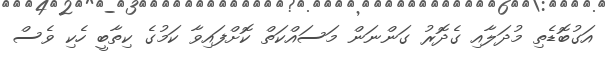
އަގުބޮޑެތި މުދަލާއި ގެދޮރު ގަންނަން މަސައްކަތް ކޮށްފައިވާ ކަމުގެ ކިތާބީ ހެކި ވެސް